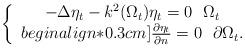
LaTeX: \begin{align*}\left\{\begin{array}{ccc}-\Delta \eta_t-k^2(\Omega_t)\eta_t=0\,\,\,\,\Omega_t\\begin{align*}0.3cm]\frac{\partial\eta_t}{\partial n}=0\,\,\,\,\partial\Omega_t.\end{array}\right.\end{align*}